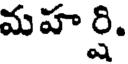
మహర్షి.